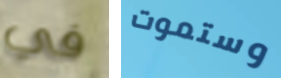
في وستموت